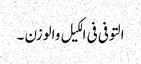
التوفی فی الکیل والوزن ۔